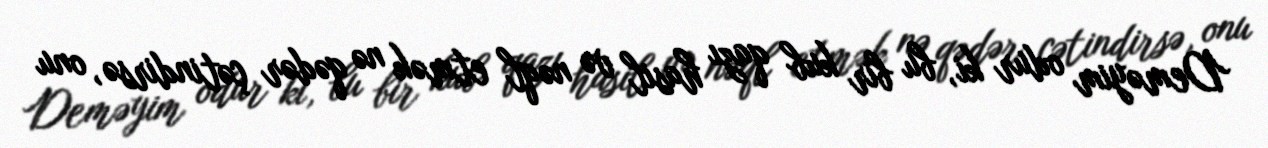
Deməyim odur ki, bu bir kub qazı hasil və nəql etmək nə qədər çətindirsə, onu